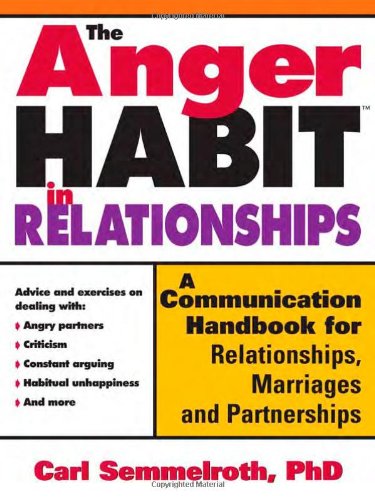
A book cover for The Anger Habit in Relationships: A Communication Handbook for Relationships, Marriages and Partnerships; Carl Semmelroth; Self-Help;